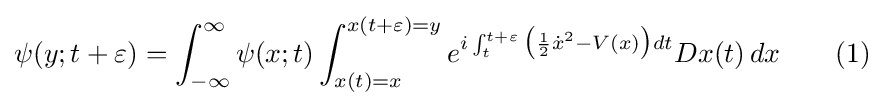
\psi (y;t+\varepsilon )=\int _{-\infty }^{\infty }\psi (x;t)\int _{x(t)=x}^{x(t+\varepsilon )=y}e^{i\int _{t}^{t+\varepsilon }{\bigl (}{\frac {1}{2}}{\dot {x}}^{2}-V(x){\bigr )}dt}Dx(t)\,dx\qquad (1)